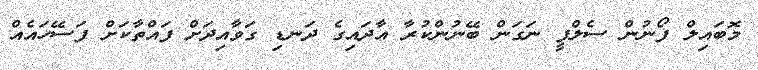
މޮބައިލް ފޯނުން ސެލްފީ ނަގަން ބޭނުންކުރާ އާދައިގެ ދަނޑި ގަވާއިދަށް ފައްތާކަށް ފަސޭހައެއް